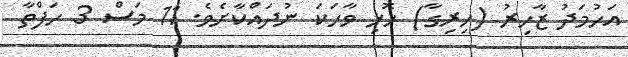
އަހުމަދު ޒާހިރު (ހިރިގާ) ހޮޅި ވާހަކަ ނުދައްކާށެވެ. 11 މަސް 3 ހަފްތާ